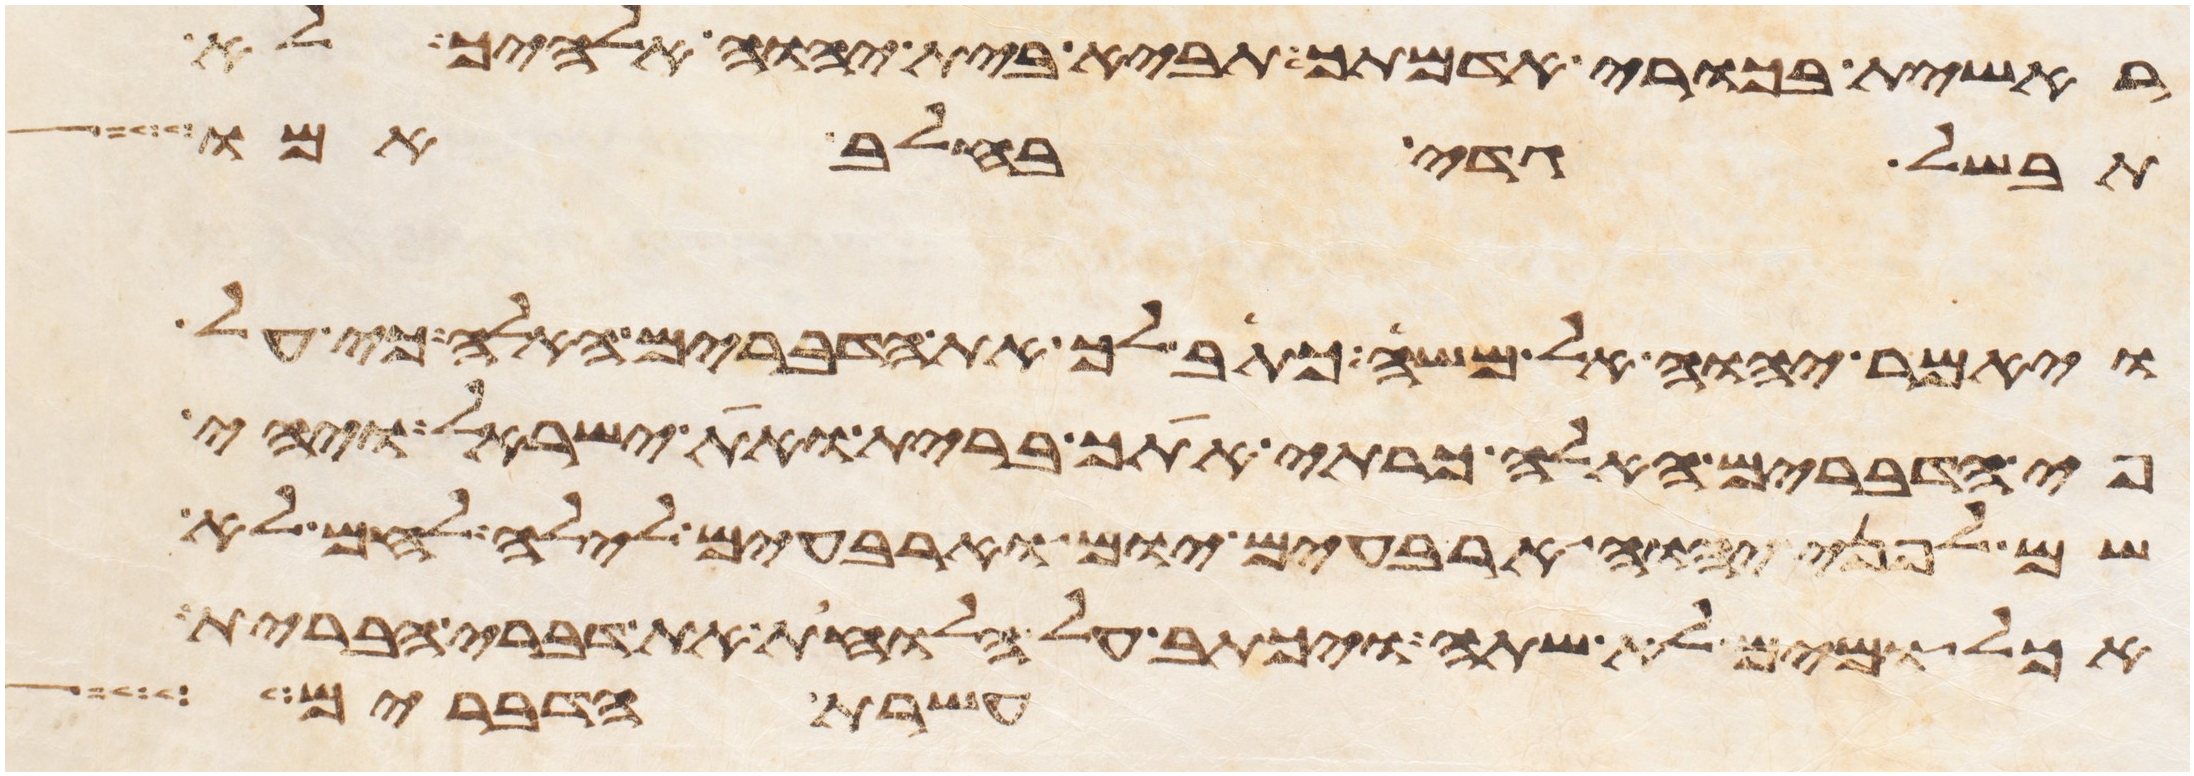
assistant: ראשית בכורי אדמתך תביא בית יהוה אלהיך לא
תבשל גדי בחלב אמו
ויאמר יהוה אל משה כתב לך את הדברים האלה כי על
פי הדברים האלה כרתי אתך ברית ואת ישראל ויהי
שם לפני יהוה ארבעים יום וארבעים לילה לחם לא
אכל ומים לא שתה ויכתב על הלוחות את דברי הברית
עשרת הדברים